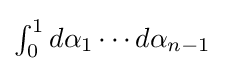
{\textstyle \int _{0}^{1}d\alpha _{1}\cdots d\alpha _{n-1}}